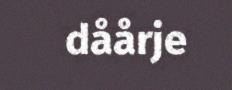
dåårje